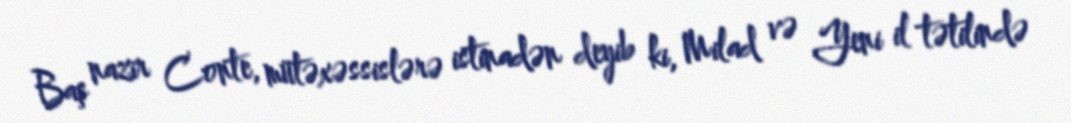
Baş nazir Conte, mütəxəssislərə istinadən deyib ki, Milad və Yeni il tətilində